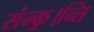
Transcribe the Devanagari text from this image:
संन्क॒।न्ति